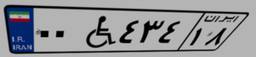
۲۵W۴۳۲۶۳